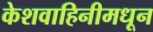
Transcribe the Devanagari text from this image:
केशवाहिनीमधून